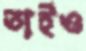
তাইও